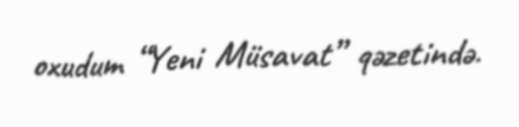
oxudum “Yeni Müsavat” qəzetində.